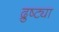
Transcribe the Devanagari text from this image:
द्रुष्ट्या